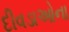
દીવડાઓના